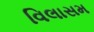
વિલાસમ